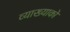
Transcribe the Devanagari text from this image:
व्याख्याको